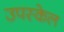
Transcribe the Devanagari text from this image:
उपस्केल